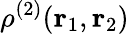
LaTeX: \rho^{(2)}({\mathbf r}_{1},{\mathbf r}_{2})